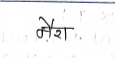
मजकूर: नैरा